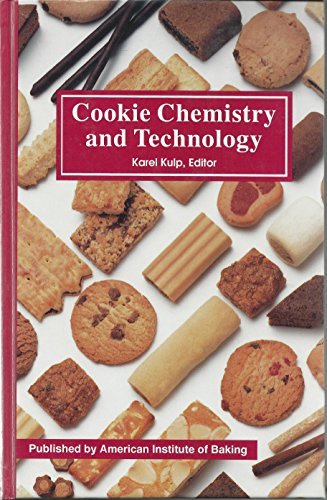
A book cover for Cookie Chemistry & Technology; Cookbooks, Food & Wine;